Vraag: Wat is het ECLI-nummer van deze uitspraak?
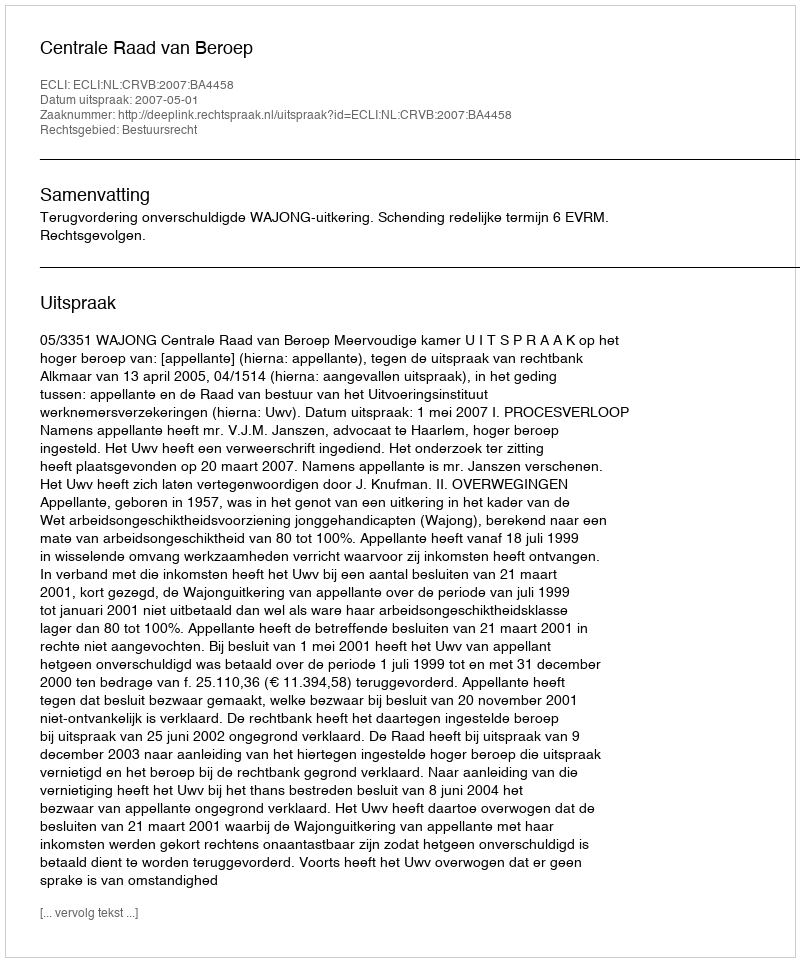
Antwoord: ECLI:NL:CRVB:2007:BA4458